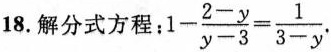
18.解分式方程：$$1- \frac{2-y}{y-3}= \frac{1}{3-y}$$.